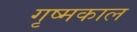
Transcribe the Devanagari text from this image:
गृष्मकाल